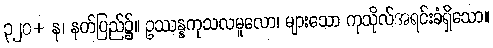
၃၂၀+ န၊ နတ်ပြည်၌။ ဥဿန္နကုသလမူလော၊ များသော ကုသိုလ်အရင်းခံရှိသော။